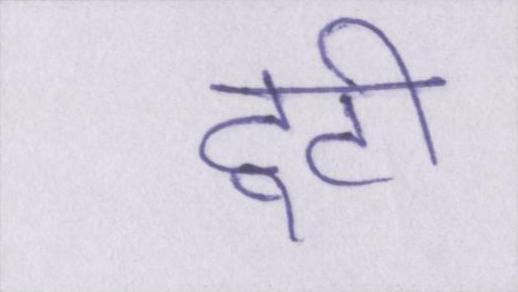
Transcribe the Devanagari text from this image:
टूटी